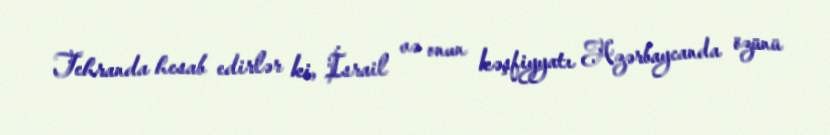
Tehranda hesab edirlər ki, İsrail və onun kəşfiyyatı Azərbaycanda özünü